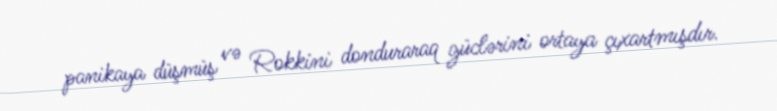
panikaya düşmüş və Rokkini donduraraq güclərini ortaya çıxartmışdır.